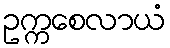
ဥက္ကစေလာယံ